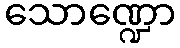
သောဏ္ဍော